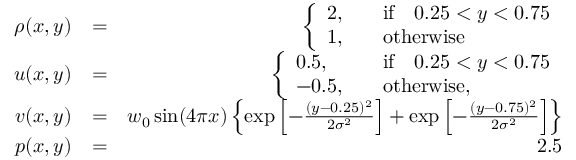
\begin{array} { r l r } { \rho ( x , y ) } & { = } & { \left\{ \begin{array} { l l } { 2 , \quad } & { \mathrm { i f } \quad 0 . 2 5 < y < 0 . 7 5 } \\ { 1 , \quad } & { \mathrm { o t h e r w i s e } } \end{array} \right. } \\ { u ( x , y ) } & { = } & { \left\{ \begin{array} { l l } { 0 . 5 , \quad } & { \mathrm { i f } \quad 0 . 2 5 < y < 0 . 7 5 } \\ { - 0 . 5 , \quad } & { \mathrm { o t h e r w i s e } , } \end{array} \right. } \\ { v ( x , y ) } & { = } & { w _ { 0 } \sin ( 4 \pi x ) \left\{ \exp \left[ - \frac { ( y - 0 . 2 5 ) ^ { 2 } } { 2 \sigma ^ { 2 } } \right] + \exp \left[ - \frac { ( y - 0 . 7 5 ) ^ { 2 } } { 2 \sigma ^ { 2 } } \right] \right\} } \\ { p ( x , y ) } & { = } & { 2 . 5 } \end{array}